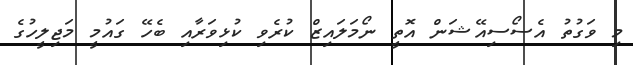
މި ވަގުތު އެސޯސިއޭޝަން އޮތީ ނޯމަލައިޒް ކުރެވި ކުޅިވަރާއި ބެހޭ ގައުމީ މަޖިލީހުގެ